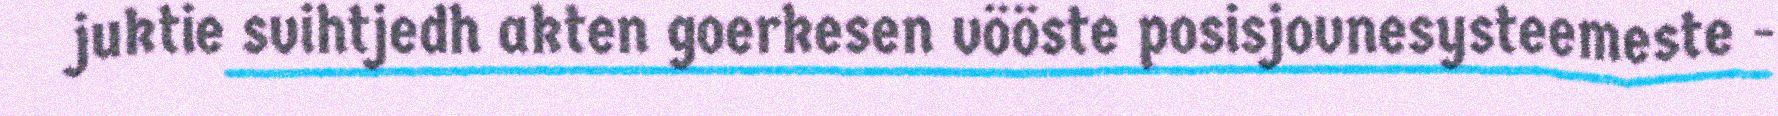
juktie svihtjedh akten goerkesen vööste posisjovnesysteemeste -